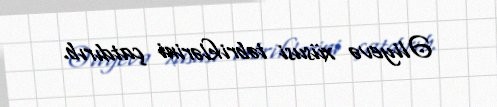
Əliyevə xüsusi təbriklərini çatdırıb.